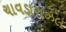
ચાવડાગઝલ